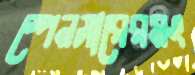
স্পেনসারেরমং